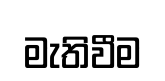
මැතිවීම